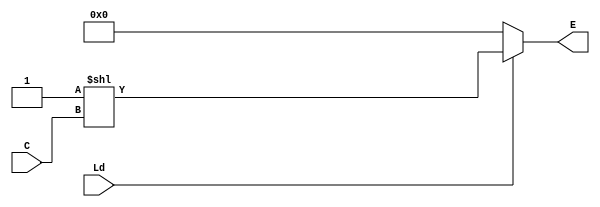
/*********DECODER************/
module decoder (
    output reg [15:0] E, 
    input Ld, 
    input [3:0] C
    );

    always @(Ld, C) begin  
        if (!Ld) begin
            E = 16'h0000;
        end 
        else begin
            E = 16'h0001 << C;
        end
    end
endmodule


/********REGISTER**********/
module register (
        output reg [31:0]Qs,    // salida...
        input [31:0]Ds,         //lo que se va a guardar en el registro
        input E,                //enable del registro
        input R, 
        input clock 
    );
        
    always @(posedge clock, posedge R) 
        if (R) Qs = 32'b00000000000000000000000000000000;
        else if (E) Qs = Ds;
        

endmodule


/*********MULTIPLEXER**************/
module mux_16x1 (
        output reg [31:0]Y,
        input [3:0] S,
        input [31:0]A, 
        input [31:0]B, 
        input [31:0]C, 
        input [31:0]D, 
        input [31:0]E, 
        input [31:0]F, 
        input [31:0]G, 
        input [31:0]H, 
        input [31:0]I, 
        input [31:0]J, 
        input [31:0]K, 
        input [31:0]L, 
        input [31:0]M, 
        input [31:0]N, 
        input [31:0]O, 
        input [31:0]P 
    );
    
    always @(S, A, B, C, D, E, F, G, H, I, J, K, L, M, N, O, P) begin
        case (S)
            4'h0: Y= A;
            4'h1: Y= B;
            4'h2: Y= C;
            4'h3: Y= D;
            4'h4: Y= E;
            4'h5: Y= F;
            4'h6: Y= G;
            4'h7: Y= H;
            4'h8: Y= I;
            4'h9: Y= J;
            4'hA: Y= K;
            4'hB: Y= L;
            4'hC: Y= M;
            4'hD: Y= N;
            4'hE: Y= O;
            4'hF: Y= P;
        endcase
    end
endmodule


/**********REGISTERS 0 TO 15***********/
module registers16 (
    //outputs are the multiplexer inputs
    output [31:0] Q0, 
    output [31:0] Q1, 
    output [31:0] Q2, 
    output [31:0] Q3, 
    output [31:0] Q4, 
    output [31:0] Q5, 
    output [31:0] Q6, 
    output [31:0] Q7, 
    output [31:0] Q8, 
    output [31:0] Q9, 
    output [31:0] Q10, 
    output [31:0] Q11, 
    output [31:0] Q12, 
    output [31:0] Q13, 
    output [31:0] Q14, 
    output [31:0] Q15,

    input Ld,                           //ld for the binary decoder
    input PCE,                          //PC enable
    input BL,                           //Branch/link true?
    input [31:0] PCin,                  //R15 only written from the adress bus in IF stage
    input [31:0] PC_4_in,
    input [ 3:0] decode_input,          //binary decoder entry
    input clock,                        //clock for registers
    input [31:0]Ds,                      //a register input 
    input R
    );
    
        wire [15:0] decode_out;

        reg [31:0] reg14Sel;
        reg r14En;

        decoder decode1 (decode_out, Ld, decode_input);

        register register0 ( Q0, Ds, decode_out [0], R, clock);  
        register register1 ( Q1, Ds, decode_out [1], R, clock);
        register register2 ( Q2, Ds, decode_out [2], R, clock);
        register register3 ( Q3, Ds, decode_out [3], R, clock);
        register register4 ( Q4, Ds, decode_out [4], R, clock);
        register register5 ( Q5, Ds, decode_out [5], R, clock);
        register register6 ( Q6, Ds, decode_out [6], R, clock);
        register register7 ( Q7, Ds, decode_out [7], R, clock);
        register register8 ( Q8, Ds, decode_out [8], R, clock);
        register register9 ( Q9, Ds, decode_out [9], R, clock);
        register register10(Q10, Ds, decode_out[10], R, clock);
        register register11(Q11, Ds, decode_out[11], R, clock);
        register register12(Q12, Ds, decode_out[12], R, clock);
        register register13(Q13, Ds, decode_out[13], R, clock);

        register register14(Q14, reg14Sel, r14En, R, clock);

        register register15(Q15, PCin, PCE, R, clock);


        always@(BL, Ds, PC_4_in, R)begin // multiplexing for R14 special case
            if(BL) begin 
                reg14Sel = PC_4_in;
                r14En = 1;
            end
            else begin
                reg14Sel = Ds;
                r14En = decode_out[14];
            end
    end
endmodule



/***REGISTER FILE*****/
module fileregister (
    output     [31:0]Y1,                // PA
    output     [31:0]Y2,                // PB
    output     [31:0]Y3,                // PC
    output     [31:0]PCout,             //*********Dedicated output for R15

    input       Ld,                     //the ld for the binary decoder (rf enable)
    input       PCE,                    //PC enable **********
    input       BL,                     //Branch/link true?**********
    input [3:0] decode_input,           //binary decoder entry, RW
    input [31:0]PCin,                  //***********R15 only written from the adress bus in IF stage
    input [31:0]PC_4_in,
    input [31:0]Ds,                     //a register input PW
    input [3:0] S1,                     //multiplexer 1 select RA
    input [3:0] S2,                     //multiplexer 2 select RB
    input [3:0] S3,                      //multiplexer 3 select RC
    input       R,                      // Reset, CLR
    input       clock                  //clock for registers
    );

    wire [31:0] Q0; 
    wire [31:0] Q1; 
    wire [31:0] Q2; 
    wire [31:0] Q3; 
    wire [31:0] Q4; 
    wire [31:0] Q5; 
    wire [31:0] Q6; 
    wire [31:0] Q7; 
    wire [31:0] Q8; 
    wire [31:0] Q9; 
    wire [31:0] Q10; 
    wire [31:0] Q11; 
    wire [31:0] Q12; 
    wire [31:0] Q13; 
    wire [31:0] Q14;
    wire [31:0] Q15;

    registers16 registers ( Q0, Q1, Q2, Q3, Q4, Q5, Q6, Q7, Q8, Q9, Q10, Q11, 
        Q12, Q13, Q14, Q15, Ld, PCE, BL, PCin, PC_4_in, decode_input, clock, Ds, R);
    
    
    mux_16x1 mux1(Y1, S1, Q0, Q1, Q2, Q3, Q4, Q5, Q6, Q7, Q8, Q9, Q10, Q11, Q12, Q13, Q14, Q15);    
    mux_16x1 mux2(Y2, S2, Q0, Q1, Q2, Q3, Q4, Q5, Q6, Q7, Q8, Q9, Q10, Q11, Q12, Q13, Q14, Q15);  
    mux_16x1 mux3(Y3, S3, Q0, Q1, Q2, Q3, Q4, Q5, Q6, Q7, Q8, Q9, Q10, Q11, Q12, Q13, Q14, Q15);  

    
    assign PCout=Q15;
endmodule


/*****REGISTER FILE TEST******/
// module regfile_test;

//     wire [31:0] PCA;
//     wire [31:0] PCB;
//     wire [31:0] PC3;
//     wire [31:0] PCout;

//     reg         Ld;
//     reg         PCE;
//     reg         BL;
//     reg  [3:0]  decode_input;
//     reg         clock;
//     reg [31:0]  PCin;   //Ds
//     reg [31:0]  PC_4_in;
//     reg [31:0]  Ds;
//     reg  [3:0]  SA;
//     reg  [3:0]  SB;
//     reg  [3:0]  S3;
//     reg R;

//     parameter simtime = 10000;

//     fileregister fr(PCA, PCB, PC3, PCout, Ld, PCE, BL, R, decode_input, clock, PCin,PC_4_in, Ds, SA, SB, S3);
                    

//     initial #simtime $finish;

//     initial fork 
//         //Ld=0;
//         Ld = 1;
//         R=0;

//         clock = 0;
//         repeat (40) #1 begin
//            clock=~clock;
//             if (clock) begin
//                 //#1 //PC=PC4;
//             end
//         end

//         decode_input = 4'b0000;
//         PCin = 32'hF0000000;
//         Ds = 32'h01010101;
//         SA=0;
//         SB=0;
//         S3=0;
        

//         #2 begin 
//             // clock=0;
//             //PC=PC4;
//             BL=1;
//             decode_input++;
//             Ds =32'h10101010;
//             SA++;SB++; S3++;
//             // clock=1;
//         end

//         #4 begin 
//             // clock=0;
//             //PC=PC4;
//             BL=0;
//             decode_input++;
//             Ds = 32'h20202020;
//             SA++;SB++; S3++;
//             // clock=1;
//         end

//         #6 begin
//             //PC=PC4;
//             decode_input++;
//             Ds = 32'h30303030;
//             SA++;SB++; S3++;
//         end

//         #8 begin
//             //PC=PC4;
//             decode_input++;
//             Ds = 32'h40404040;
//             SA++;SB++; S3++;
//         end

//         #10 begin 
//             //PC=PC4;
//             decode_input++;
//             Ds = 32'H50505050;
//             SA++;SB++; S3++;
//         end

//         #12 begin
//             //PC=PC4;
//             decode_input++;
//             Ds = 32'h60606060;
//             SA++;SB++; S3++;
//         end

//         #14 begin 
//             //PC=PC4;
//             decode_input++;
//             Ds = 32'H70707070;
//             SA++;SB++; S3++;
//         end

//         #16 begin 
//             //PC=PC4;
//             decode_input++;
//             Ds = 32'h80808080;
//             SA++;SB++; S3++;
//         end

//         #18 begin 
//             //PC=PC4;
//             decode_input++;
//             Ds = 32'h90909090;
//             SA++;SB++; S3++;
//         end

//         #20 begin 
//             //PC=PC4;
//             decode_input++;
//             Ds = 32'hA0A0A0A0;
//             SA++;SB++;
//         end

//         #22 begin
//             //PC=PC4;
//             decode_input++;
//             Ds = 32'hB0B0B0B0;
//             SA++;SB++;
//         end

//         #24 begin
//             //PC=PC4;
//             R =1;
//             decode_input++;
//             Ds = 32'hC0C0C0C0;
//             SA++;SB++;
//         end

//         #26 begin
//             //PC=PC4;
//             decode_input++;
//             Ds = 32'hD0D0D0D0;
//             SA++;SB++;
//         end

//         #28 begin
//             //PC=PC4;
//             decode_input++;
//             Ds = 32'hE0E0E0E0;
//             SA++;SB++;
//         end

//         #30 begin
//             //PC=PC4;
//             decode_input++;
//             Ds = 32'hF0F0F0F0;
//             SA++;SB++;
//         end

//         #32 begin 
//             //PC=PC4;
//             decode_input=10;
//             Ds = 32'h0fff0fff;
//             SA=10; 
//         end

//     join

//     initial begin
//         $display ("\n           FILE REGISTER TEST");
//         $display("Ld  decin   PC     Ds     SA    SB    S3    PCA  PCB   PC3   clk");
//         $monitor("%b    %d    %h   %h   %b  %b  %b  %h  %h  %h   %b",Ld, decode_input, PCin,Ds, SA, SB, S3, PCA, PCB, PC3, clock);
//     end


// endmodule